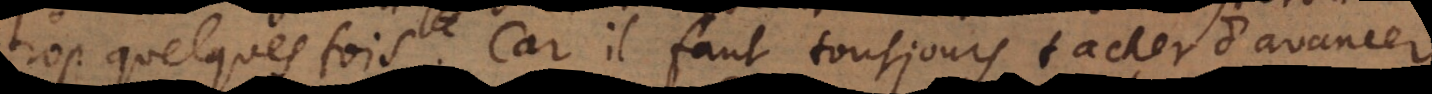
trop quelque fois. Car il faut tousjours tacher d’avancer